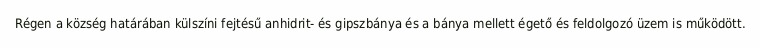
Régen a község határában külszíni fejtésű anhidrit- és gipszbánya és a bánya mellett égető és feldolgozó üzem is működött.